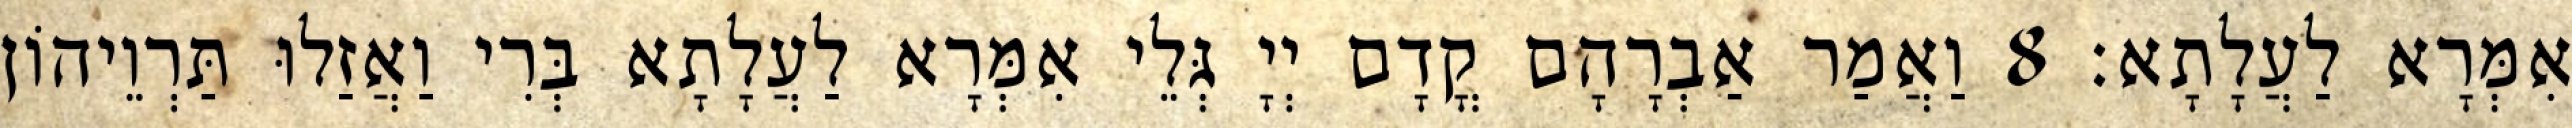
אִמְּרָא לַעֲלָתָא׃ 8 וַאֲמַר אַבְרָהָם קֳדָם יְיָ גְּלֵי אִמְּרָא לַעֲלָתָא בְּרִי וַאֲזַלוּ תַּרְוֵיהוֹן